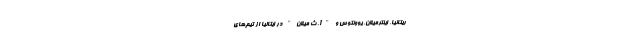
ریتانیا، اینترمیلان، یوونتوس و "آ. ث میلان" در ایتالیا از تیم‌های